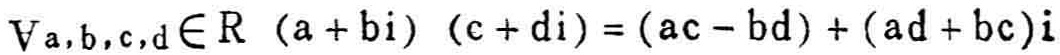
\(\forall a,b,c,d\in \mathbb{R}\ (a + b\mathrm{i})\ (c + d\mathrm{i})=(ac - bd)+(ad + bc)\mathrm{i}\)